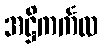
အဋ္ဌိကင်္ကလ